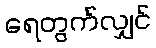
ရေတွက်လျှင်